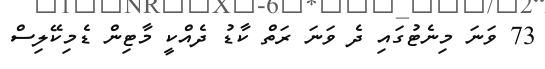
73 ވަނަ މިނެޓުގައި ދެ ވަނަ ރަތް ކާޑު ދެއްކީ މާޓިން ޑެމިކޭލިސް